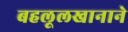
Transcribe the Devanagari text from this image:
बहलूलखानाने